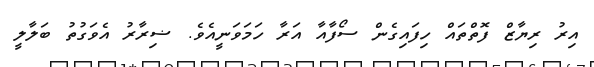
އިރު ރިޔާޒް ފޮތްތައް ހިފައިގެން ސޯފާއާ އަރާ ހަމަވަނީއެވެ. ޟިރާރު އެވަގުތު ބަލާލީ